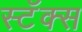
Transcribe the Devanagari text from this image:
स्टॅक्स